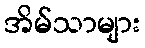
အိမ်သာများ